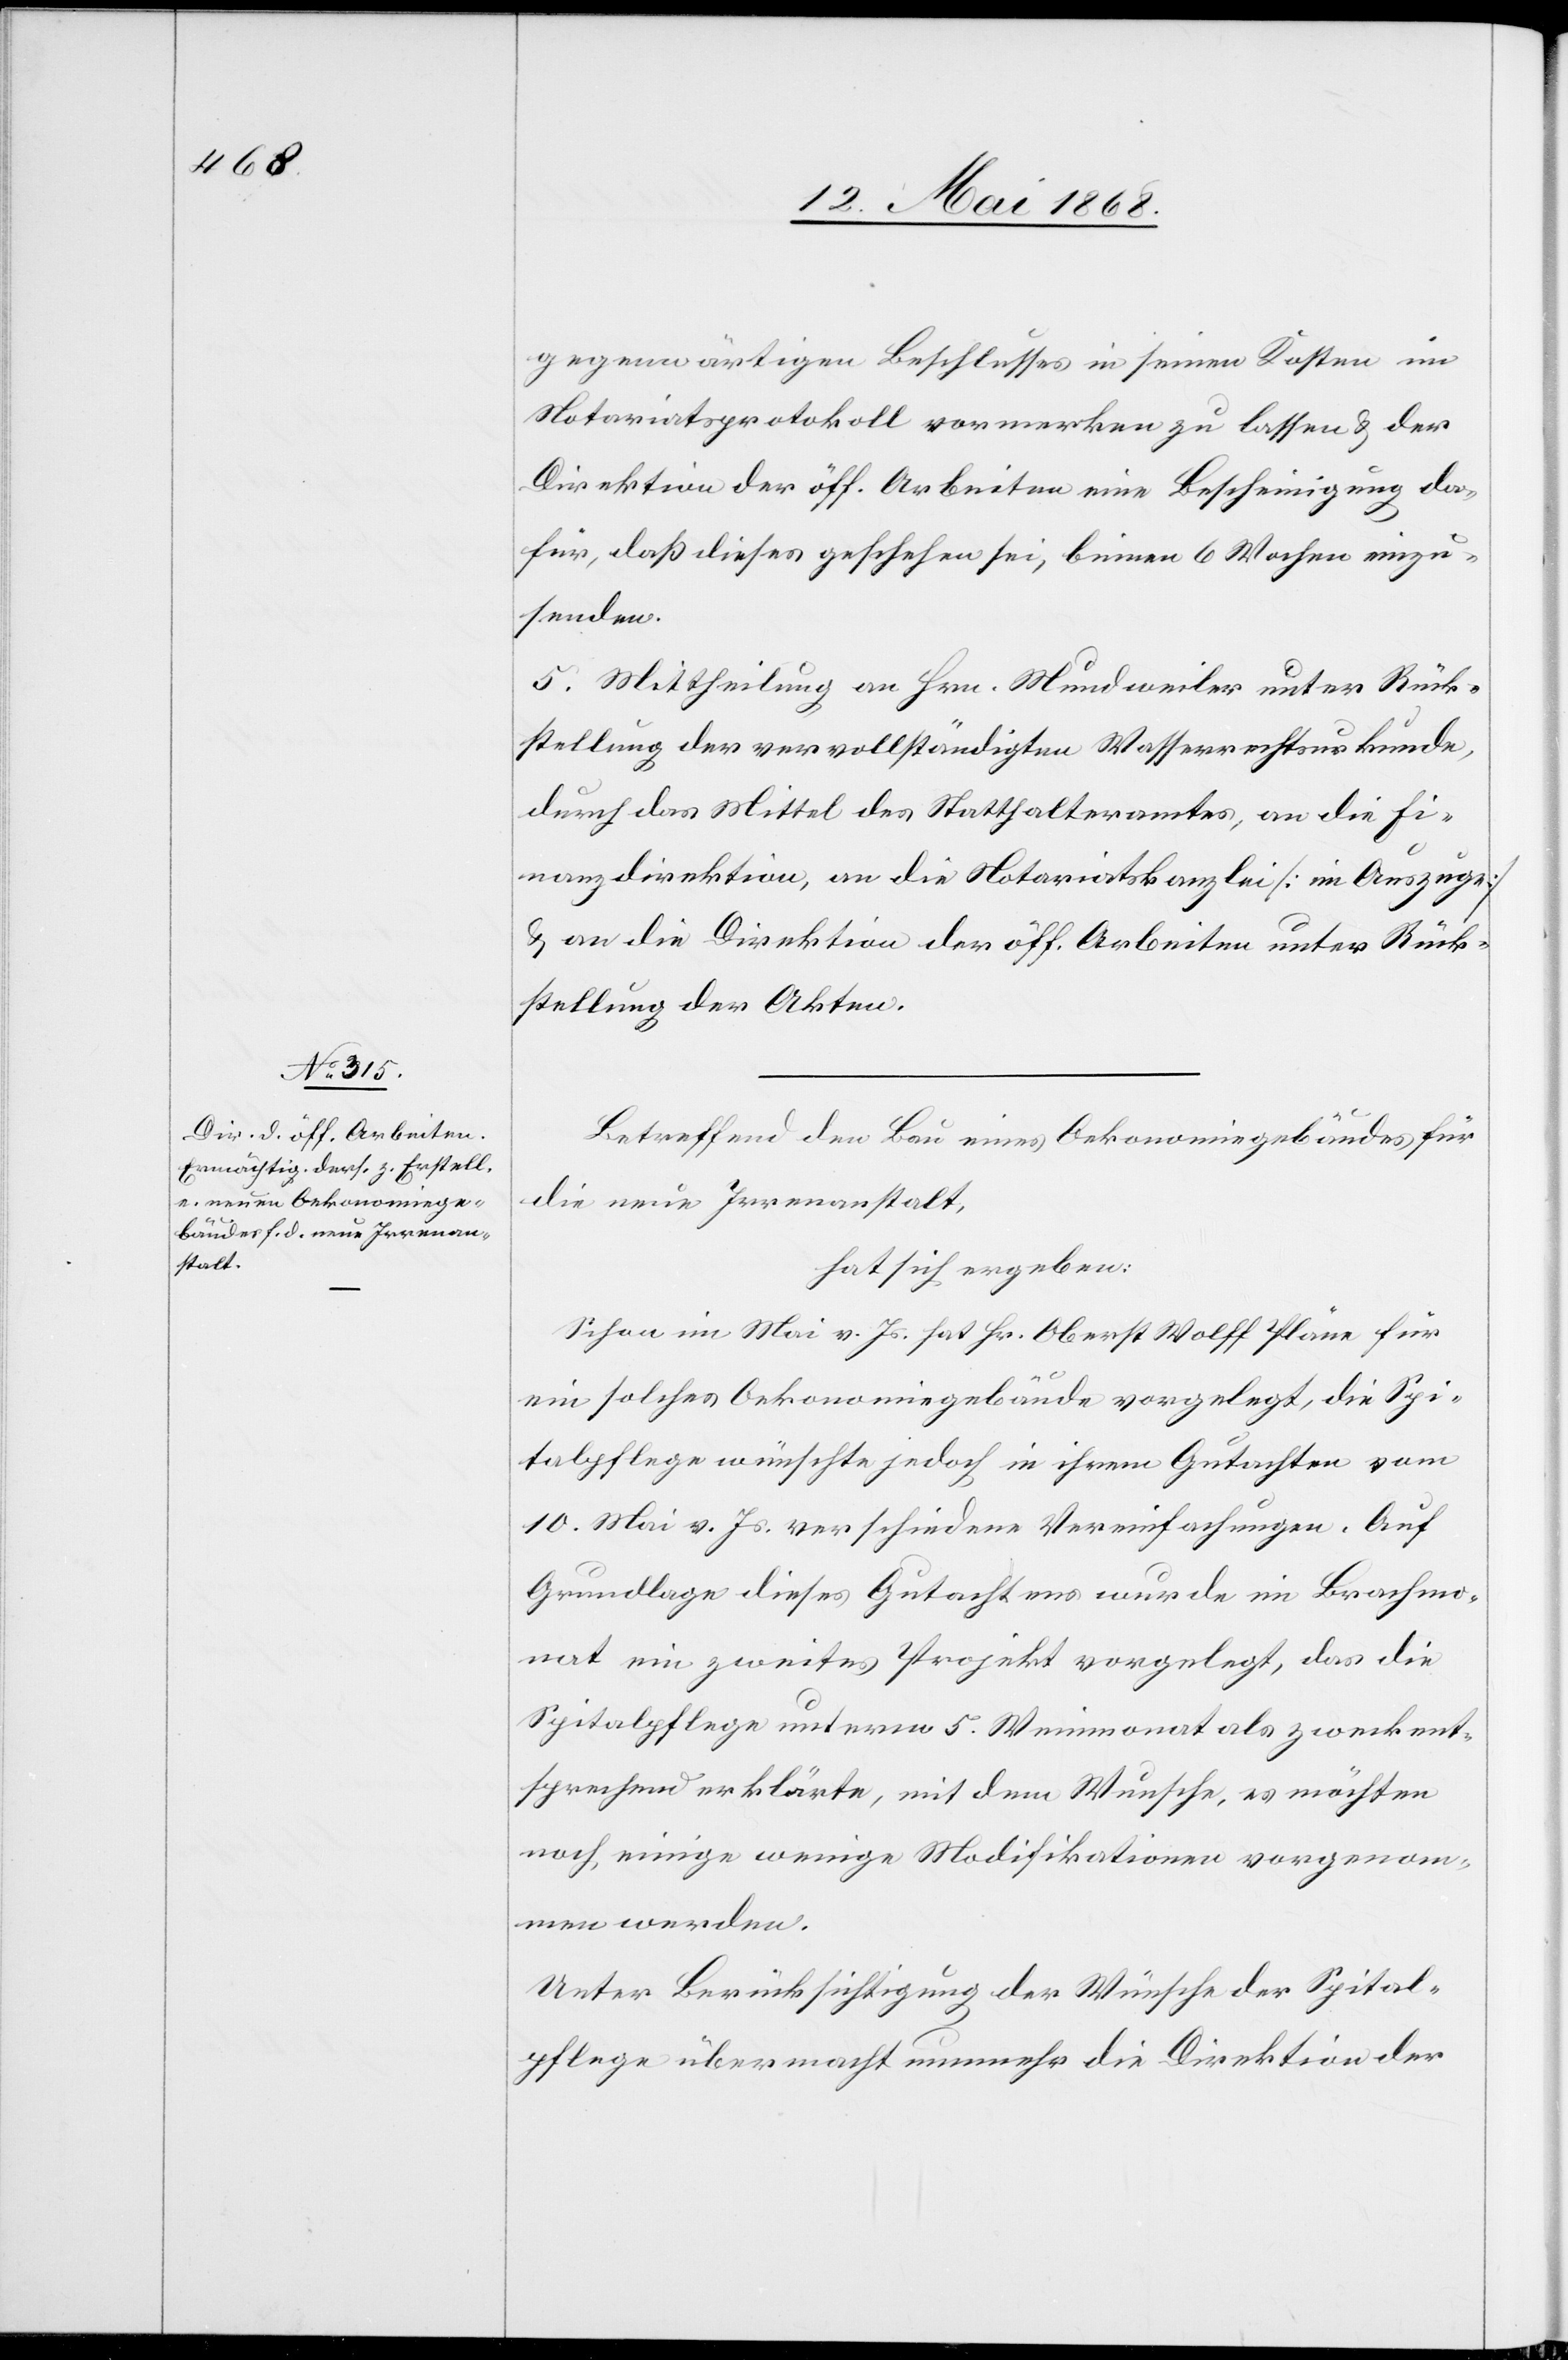
gegenwärtigen Beschlusses in seinen Kosten im
Notariatsprotokoll vormerken zu lassen & der
Direktion der öff. Arbeiten eine Bescheinigung da¬
für, daß dieses geschehen sei, binnen 6 Wochen einzu¬
senden.
5. Mittheilung an Hrn. Mundweiler unter Rück¬
stellung der vervollständigten Wasserrechtsurkunde,
durch das Mittel des Statthalteramtes, an die Fi¬
nanzdirektion, an die Notariatskanzlei [im Auszuge]
& an die Direktion der öff. Arbeiten unter Rück¬
stellung der Akten.
Betreffend den Bau eines Oekonomiegebäudes für
die neue Irrenanstalt,
hat sich ergeben:
Schon im Mai v. Js. hat Hr. Oberst Wolff Pläne für
ein solches Oekonomiegebäude vorgelegt, die Spi¬
talpflege wünschte jedoch in ihrem Gutachten vom
10. Mai v. Js. verschiedene Vereinfachungen. Auf
Grundlage dieses Gutachtens wurde im Brachmo¬
nat ein zweites Projekt vorgelegt, das die
Spitalpflege unterm 5. Weinmonat als zweckent¬
sprechend erklärte, mit dem Wunsche, es möchten
noch einige wenige Modifikationen vorgenom¬
men werden.
Unter Berücksichtigung der Wünsche der Spital¬
pflege übermacht nunmehr die Direktion der